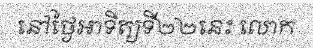
នៅថ្ងៃអាទិត្យទី២២នេះ លោក